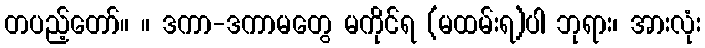
တပည့်တော်။ ။ ဒကာ-ဒကာမတွေ မကိုင်ရ (မထမ်းရ)ပါ ဘုရား၊ အားလုံး